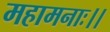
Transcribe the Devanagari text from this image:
महामनाः।।